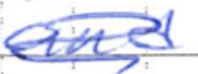
Text: and
Cross-out: mix
Writing tool: ballpoint